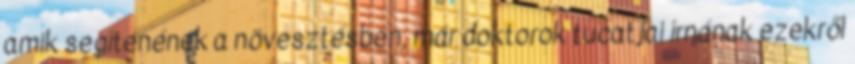
amik segítenének a növesztésben, már doktorok tucatjai írnának ezekről